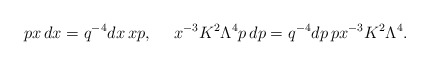
\begin{align*}px\,dx=q^{-4}dx\,xp,\ \ \ \ x^{-3}K^2\Lambda^4p\,dp=q^{-4}dp\,px^{-3}K^2\Lambda^4.\end{align*}